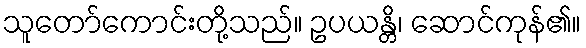
သူတော်ကောင်းတို့သည်။ ဥပယန္တိ၊ ဆောင်ကုန်၏။